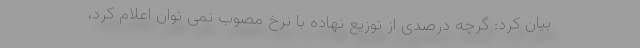
بیان کرد: گرچه درصدی از توزیع نهاده با نرخ مصوب نمی توان اعلام کرد،